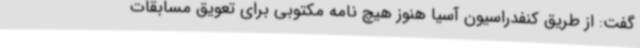
گفت: از طریق کنفدراسیون آسیا هنوز هیچ نامه مکتوبی برای تعویق مسابقات